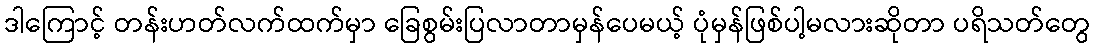
ဒါကြောင့် တန်းဟတ်လက်ထက်မှာ ခြေစွမ်းပြလာတာမှန်ပေမယ့် ပုံမှန်ဖြစ်ပါ့မလားဆိုတာ ပရိသတ်တွေ